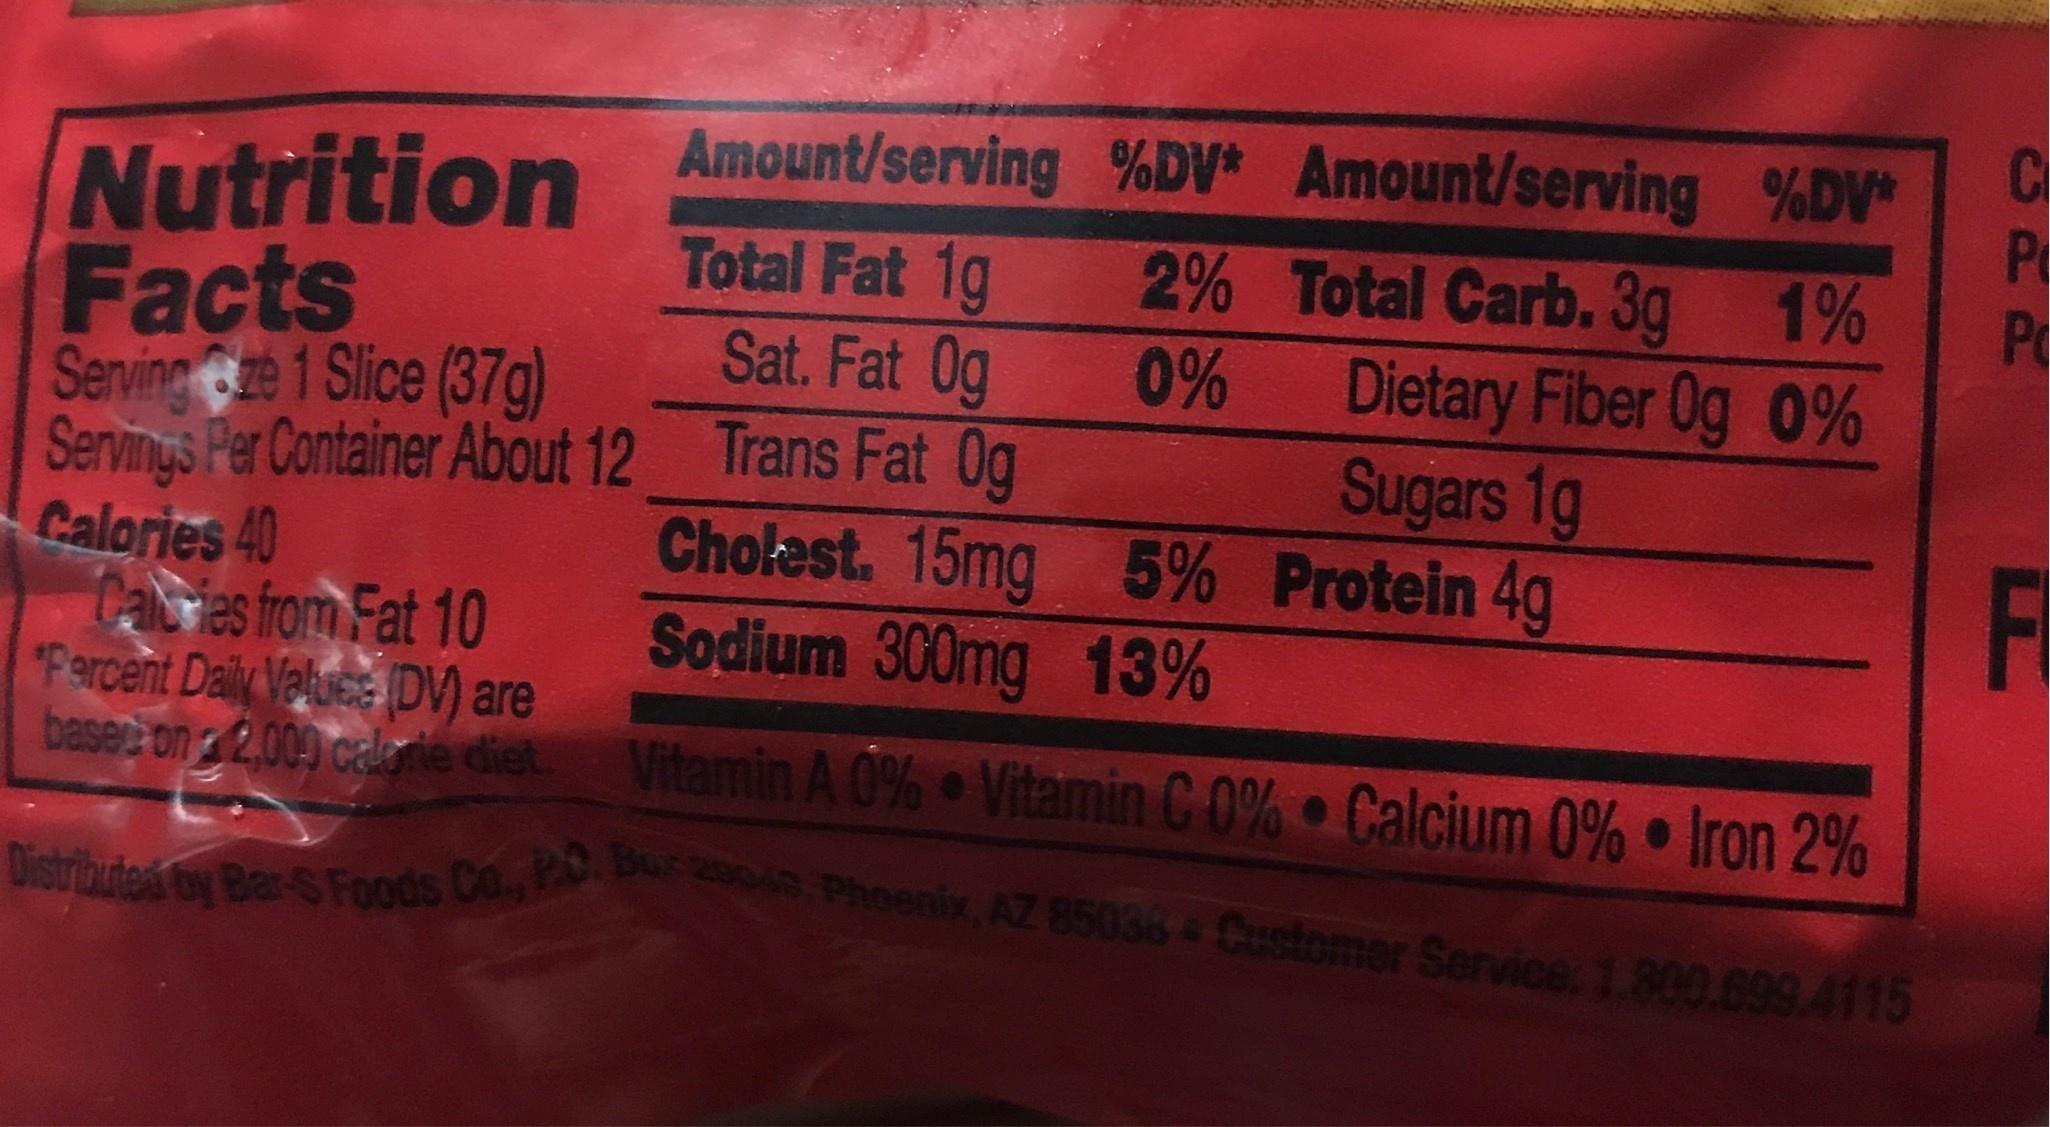
Distributed by Bar-6 Foods Co., P0. Bu 2004 Phoenix, AZ 85036 Customer Service. 1.800.699.4115
Nutrition Amount/serving %DV* Amount/serving %DV Total Fat 1g
C P 2% Total Carb. 3g 1%
Po Dietary Fiber 0g O%
Facts Serving ze 1 Slice (37g) Servings Per Container About 12 Trans Fat Og Calories 40 Caties from Fat 10 "Fercent Daily Valuee DV) are
Sat. Fat 0g
0%
Sugars 1g
Cholest. 15mg 5% Protein 4g Sodium 300mg 13%
F
basec on 2,009 calorie diet. Vitamin A 0% • Vitamin C 0% Calcium 0% Iron 2%
Distriauteá ty Bar S Foods Co. P. Bu
Phoenix, AZ 85036 Customer Service. 1.800.699.4115